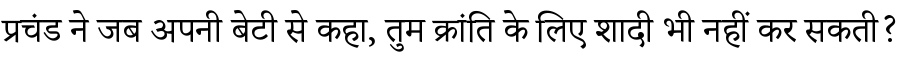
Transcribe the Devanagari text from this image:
प्रचंड ने जब अपनी बेटी से कहा, तुम क्रांति के लिए शादी भी नहीं कर सकती?